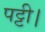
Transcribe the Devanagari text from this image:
पट्टी।